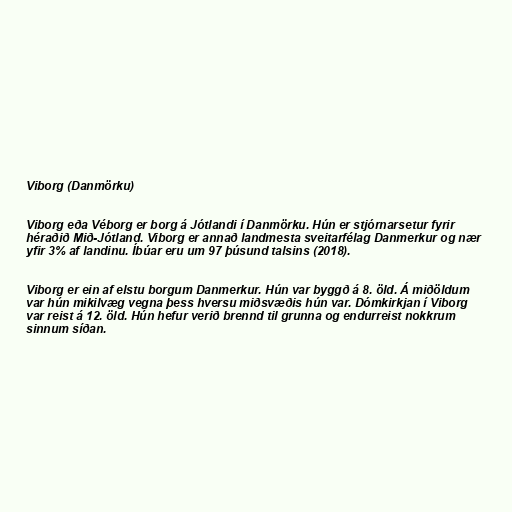
Viborg (Danmörku)

Viborg eða Véborg er borg á Jótlandi í Danmörku. Hún er stjórnarsetur fyrir
héraðið Mið-Jótland. Viborg er annað landmesta sveitarfélag Danmerkur og nær
yfir 3% af landinu. Íbúar eru um 97 þúsund talsins (2018).

Viborg er ein af elstu borgum Danmerkur. Hún var byggð á 8. öld. Á miðöldum
var hún mikilvæg vegna þess hversu miðsvæðis hún var. Dómkirkjan í Viborg
var reist á 12. öld. Hún hefur verið brennd til grunna og endurreist nokkrum
sinnum síðan.